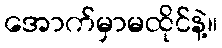
အောက်မှာမထိုင်နဲ့။